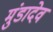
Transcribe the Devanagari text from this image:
मुंडादेव